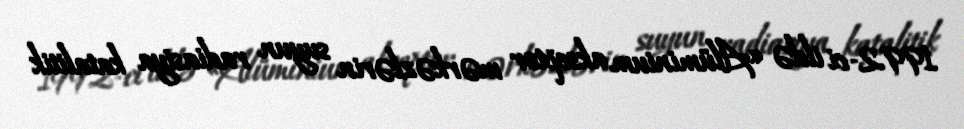
1992-ci ildə «Alüminium akseptor mərkəzlərin suyun radiasiya katalitik